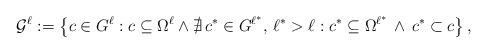
LaTeX: \begin{align*} {\cal G}^\ell := \left\{c\in G^\ell : c\subseteq \Omega^\ell \wedge \nexists\, c^*\in G^{\ell^*},\, \ell^*>\ell: c^*\subseteq\Omega^{\ell^*} \,\wedge\, c^*\subset c\right\}, \end{align*}